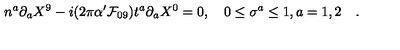
n ^ { a } \partial _ { a } X ^ { 9 } - i ( 2 \pi \alpha ^ { \prime } { \cal { F } } _ { 0 9 } ) t ^ { a } \partial _ { a } X ^ { 0 } = 0 , \quad 0 \le \sigma ^ { a } \le 1 , a = 1 , 2 \quad .